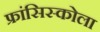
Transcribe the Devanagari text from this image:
फ्रांसिस्कोला